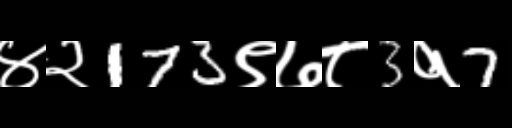
Text: ४२173९७८3१7